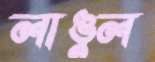
লাঙুল